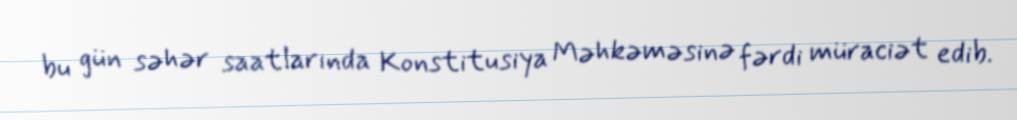
bu gün səhər saatlarında Konstitusiya Məhkəməsinə fərdi müraciət edib.